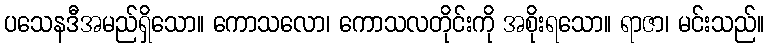
ပသေနဒီအမည်ရှိသော။ ကောသလော၊ ကောသလတိုင်းကို အစိုးရသော။ ရာဇာ၊ မင်းသည်။